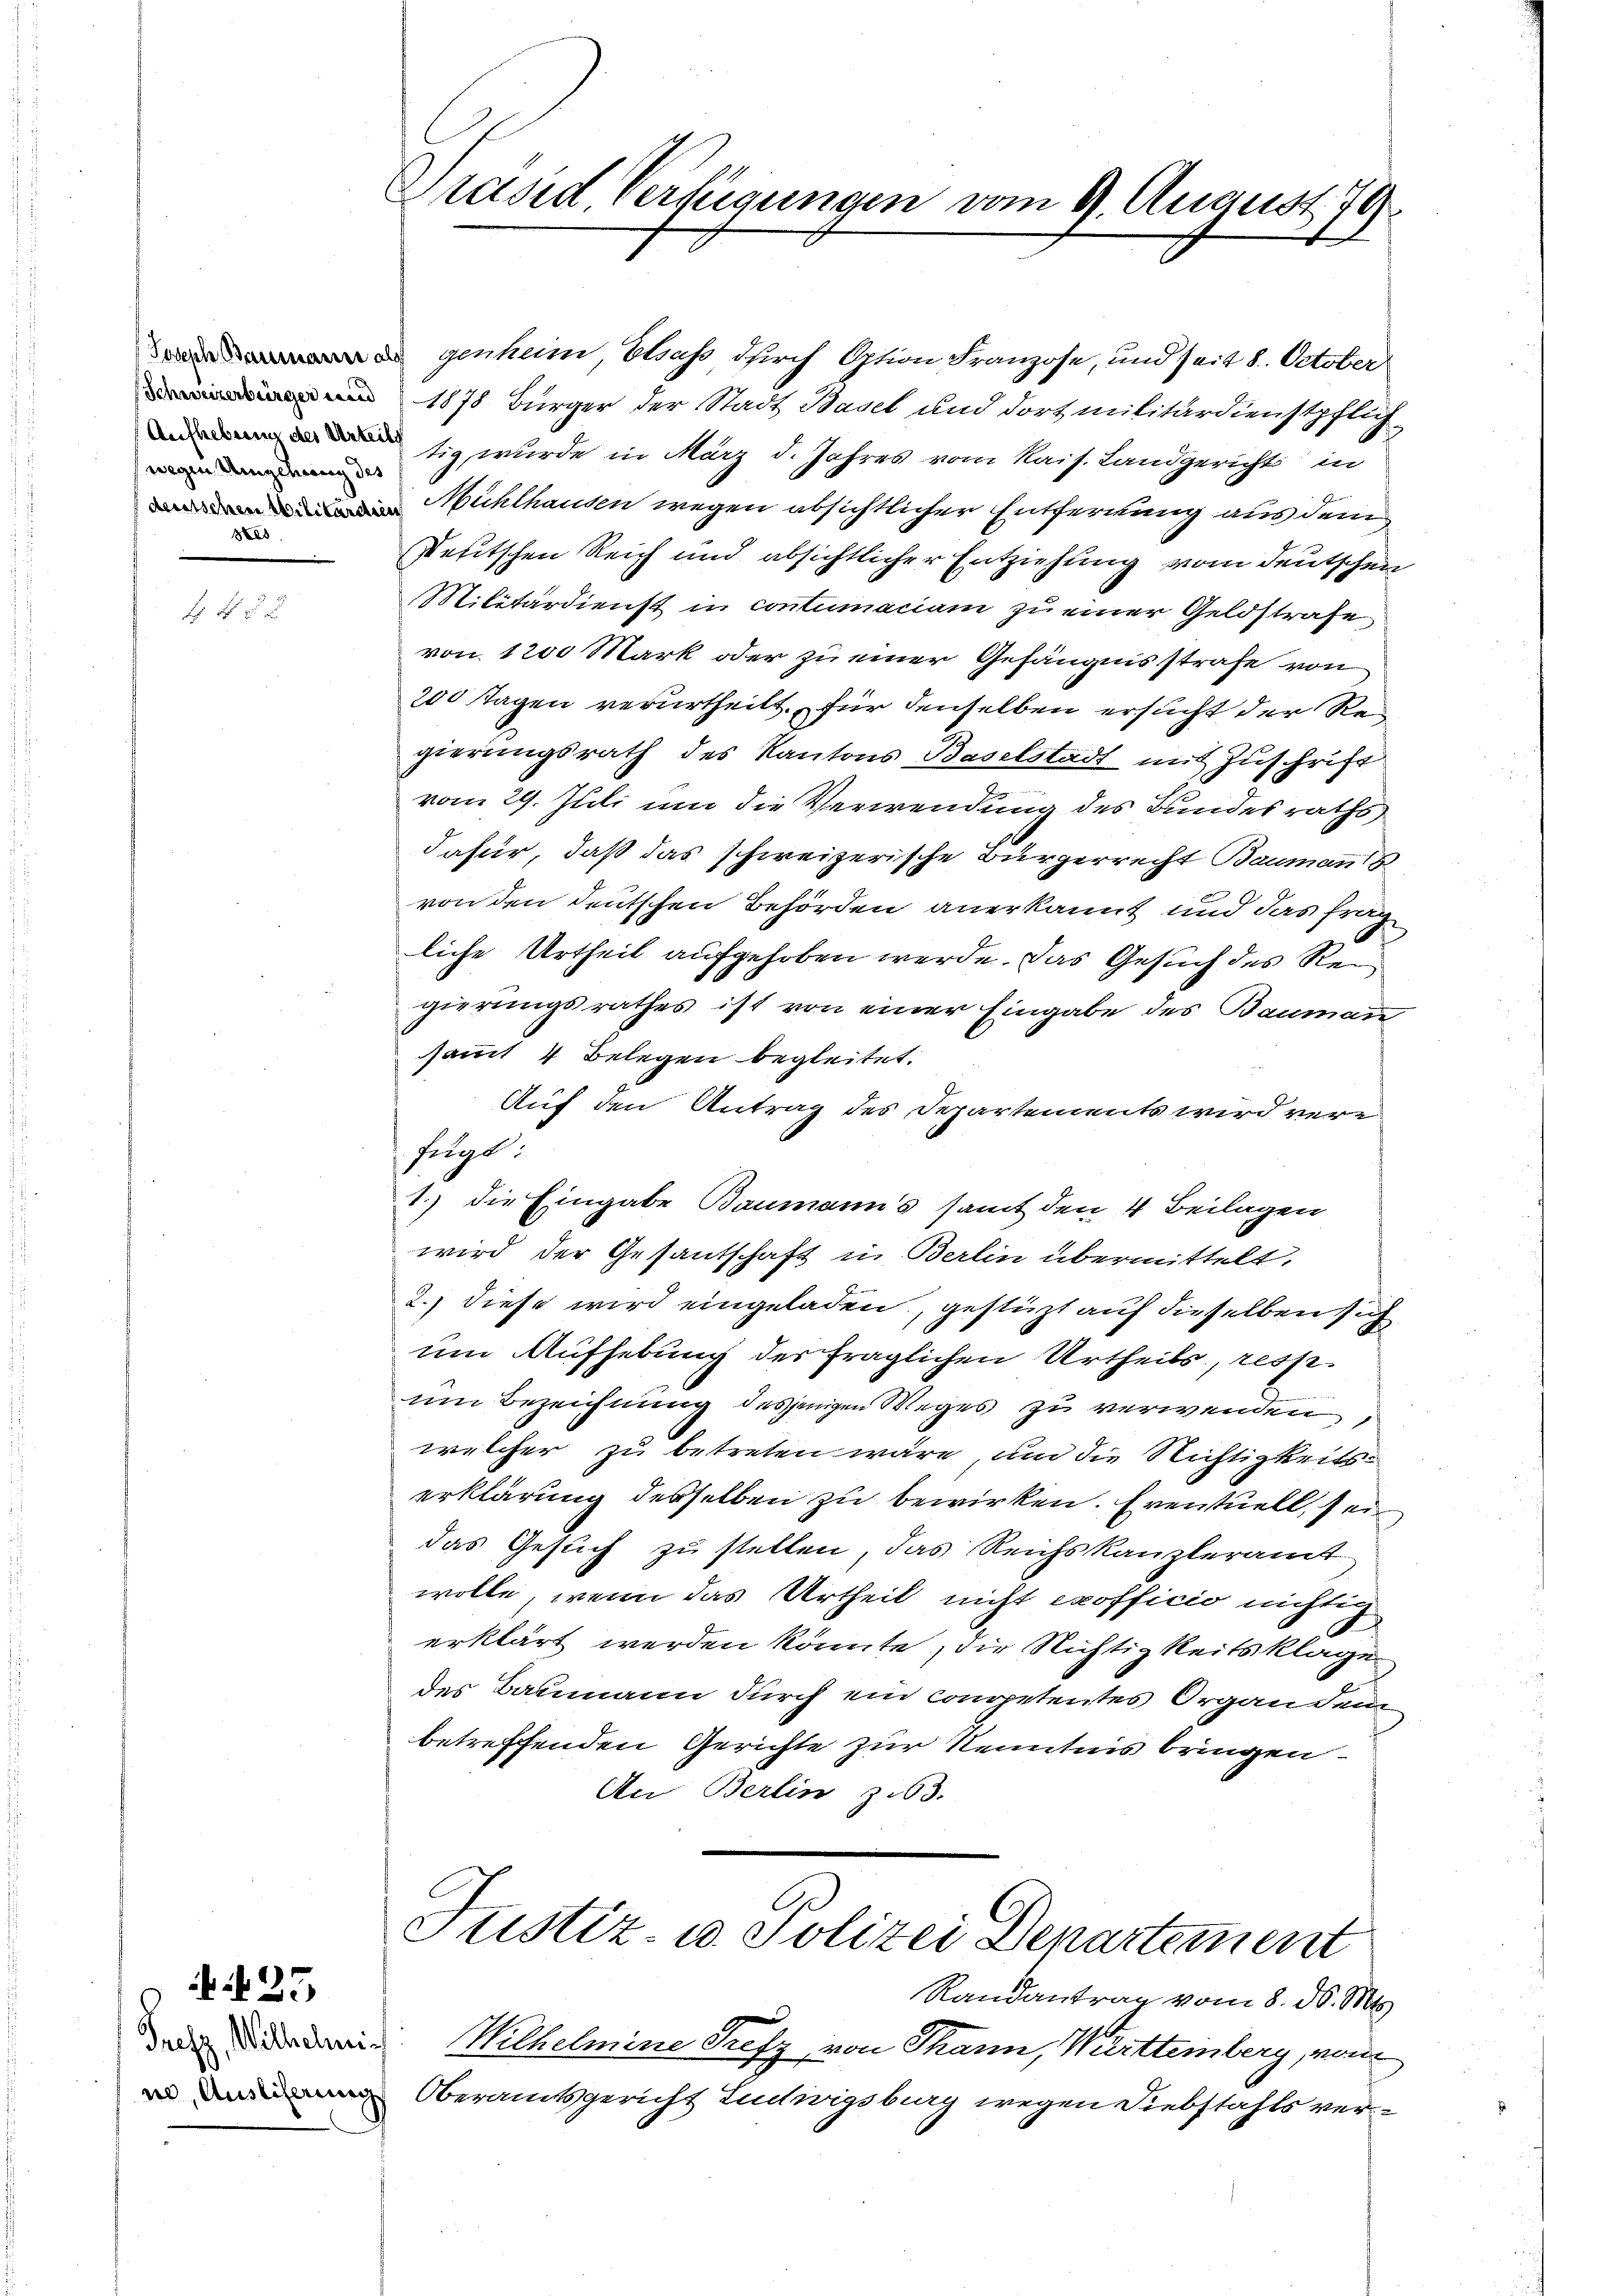
wegen Umgehung des
Ses

Prefz, Wilhelmin

25

Präsid Verfügungen vom 27. August 179

genheim, Elsass durch Option Franzose, und seit 8. October
1878 Bürger der Stadt Basel und Dortmilitärdienstpflich-
sig wurde in März d. Jahres vom Kais. Landgericht in
Mühlhausen wegen absichtlicher Entfernung aus dem
Deutschen Reich und absichtlicher Entziehung vom deutschen
Militärdienst in contumaciam zu einer Geldstrafe
von 1200 Mark oder zu einer Gefängnisstrafe von
200 Tagen verurtheilt, für denselben ersucht der Regierungsrath des Kantons Baselstadt mit Zuschrift
vom 29. Juli um die Verwendung des Bundesraths
dafür, daß das schweizerische Bürgerrecht Baumanns
von den deutschen Behörden anerkannt und das frag
liche Urtheil aufgehoben werde. Das Gesuch des Regierungsrathes ist von einer Eingabe des Baumann
sammt 4 Belegen begleitet.
Auf den Antrag des Departements wird vere
fügt:
1.) die Eingabe Baumann’s samt den 4 Beilagen
wird der Gesantschaft in Berlin übermittelt.
2.) Diese wird eingeladen, gestüzt auf dieselben sich
um Aufhebung der fraglichen Urtheils, resp.
um Bezeichnung desjenigen Weges zu verwenden,
welcher zu betreten wäre, um die Nichtigkeitserklärung desselben zu bewirken. Eventuell, sei
das Gesuch zu stellen, das Reichskanzleramt
wolle, wenn das Urtheil nicht exofficio nichtig
erklärt werden könnte, die Nichtigkeitsklage
des Baumann durch ein competentes Organ dem
betreffenden Gerichte zur Kenntnis bringen.
An Berlin z.63.

Justiz- u. Polizei Departement

Randantrag vom 8. d. Mts.
Wilhelmine Trefz von Thann, Württeinberg, von
Oberamtsgericht Ludwigsburg wegen Diebstahls ver-